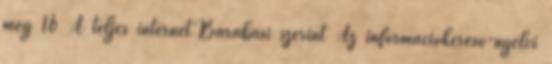
meg 16 A teljes internet Barabási szerint Az információkereső-nyelvi